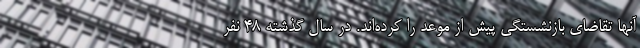
آنها تقاضای بازنشستگی پیش از موعد را کرده‌اند. در سال گذشته 48 نفر